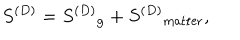
S ^ { ( D ) } = { S ^ { ( D ) } } _ { \mathrm { g } } + { S ^ { ( D ) } } _ { \mathrm { m a t t e r } } ,